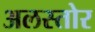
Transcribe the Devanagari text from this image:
अलस्तोर